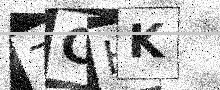
Text: 7CHK